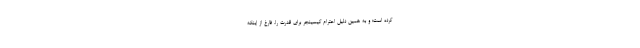
کرده است؛ و به همین دلیل احترام کیسینجر برای قدرت را، فارغ از اینکه